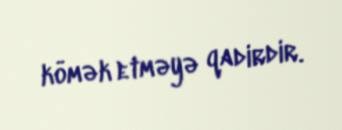
kömək etməyə qadirdir.